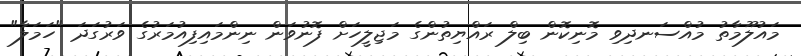
މައުލޫމާތު މުއްސަނދިވި މޮނިކޮން ބިލް ރައްޔިތުންގެ މަޖިލީހަށް ފޮނުވަން ނިންމައިފިއުމަރުގެ ވަރުގަދަ "ހަމަލާ"